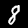
Digit: 8